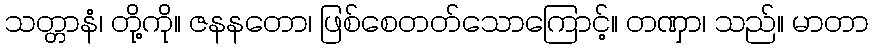
သတ္တာနံ၊ တို့ကို။ ဇနနတော၊ ဖြစ်စေတတ်သောကြောင့်။ တဏှာ၊ သည်။ မာတာ